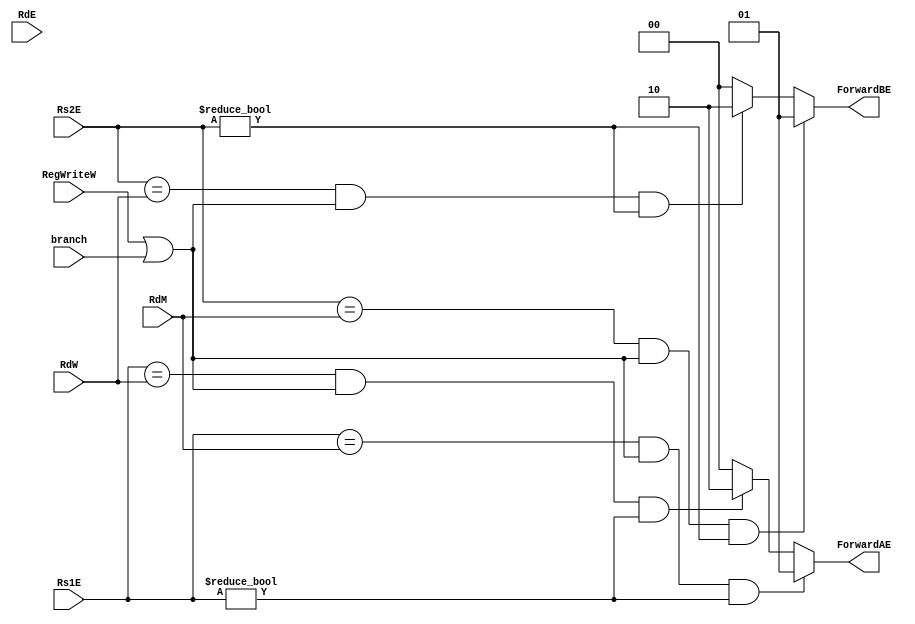
module hazardunit( 
    input [4:0] Rs1E, Rs2E,
    input [4:0] RdE, RdM, RdW,
    input branch, RegWriteW,
    output reg [1:0] ForwardAE, ForwardBE
 
);



reg condition;
always @(*) 
begin
    ForwardAE = 2'b00;
    ForwardBE = 2'b00;
	 condition=RegWriteW|| branch;
    if ((Rs1E == RdM) & (condition) & (Rs1E != 0)) // higher priority - most recent
        ForwardAE = 2'b01; 
    else if ((Rs1E == RdW) & (condition) & (Rs1E != 0))
        ForwardAE = 2'b10; // for forwarding WriteBack Stage Result

    if ((Rs2E == RdM) & (condition) & (Rs2E != 0))
        ForwardBE = 2'b01; // for forwarding ALU Result in Memory Stage
    else if ((Rs2E == RdW) & condition & (Rs2E != 0))
        ForwardBE = 2'b10; // for forwarding WriteBack Stage Result
end


endmodule